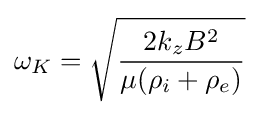
\omega _{K}={\sqrt {\frac {2k_{z}B^{2}}{\mu (\rho _{i}+\rho _{e})}}}